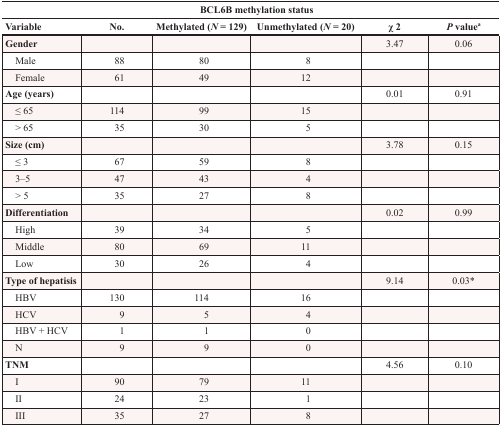
| <COLSPAN=6> BCL6B methylation status |
 | Variable | No. | Methylated (N = 129) | Unmethylated (N = 20) | χ 2 | P valuea |
 | --- | --- | --- | --- | --- | --- |
 | Gender |  |  |  | 3.47 | 0.06 |
 | Male | 88 | 80 | 8 |  |  |
 | Female | 61 | 49 | 12 |  |  |
 | Age (years) |  |  |  | 0.01 | 0.91 |
 | ≤ 65 | 114 | 99 | 15 |  |  |
 | > 65 | 35 | 30 | 5 |  |  |
 | Size (cm) |  |  |  | 3.78 | 0.15 |
 | ≤ 3 | 67 | 59 | 8 |  |  |
 | 3–5 | 47 | 43 | 4 |  |  |
 | > 5 | 35 | 27 | 8 |  |  |
 | Differentiation |  |  |  | 0.02 | 0.99 |
 | High | 39 | 34 | 5 |  |  |
 | Middle | 80 | 69 | 11 |  |  |
 | Low | 30 | 26 | 4 |  |  |
 | Type of hepatisis |  |  |  | 9.14 | 0.03* |
 | HBV | 130 | 114 | 16 |  |  |
 | HCV | 9 | 5 | 4 |  |  |
 | HBV + HCV | 1 | 1 | 0 |  |  |
 | N | 9 | 9 | 0 |  |  |
 | TNM |  |  |  | 4.56 | 0.10 |
 | I | 90 | 79 | 11 |  |  |
 | II | 24 | 23 | 1 |  |  |
 | III | 35 | 27 | 8 |  |  |